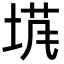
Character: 𡍙